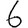
Digit: 6